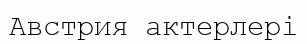
Австрия актерлері